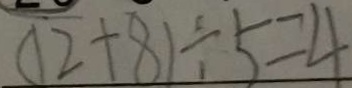
( 1 2 + 8 ) \div 5 = 4